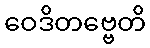
ဝေဒိတဗ္ဗေတိ